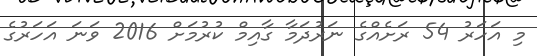
މި އަހަރު 54 ރަށެއްގެ ނަރުދަމާ ގާއިމް ކުރުމަށް 2016 ވަނަ އަހަރުގެ